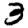
Digit: 3